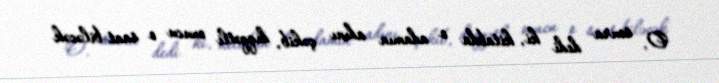
O, sonra dedi ki, kitabda o adamın adını çəkib, diqqətli oxucu o saat biləcək